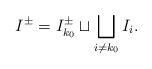
LaTeX: \begin{align*}I^{\pm}=I_{k_{0}}^{\pm}\sqcup\bigsqcup_{i\neq k_{0}}I_{i}.\end{align*}